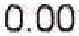
0.00